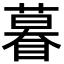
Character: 𬑤